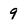
Character: 9